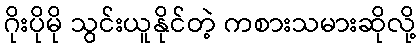
ဂိုးပိုမို သွင်းယူနိုင်တဲ့ ကစားသမားဆိုလို့